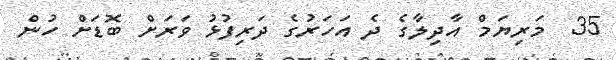
35  މަރިޔަމް އާދިލާގެ ދެ އަހަރުގެ ދަރިފުޅު ވަރަށް ބޮޑަށް ހުން